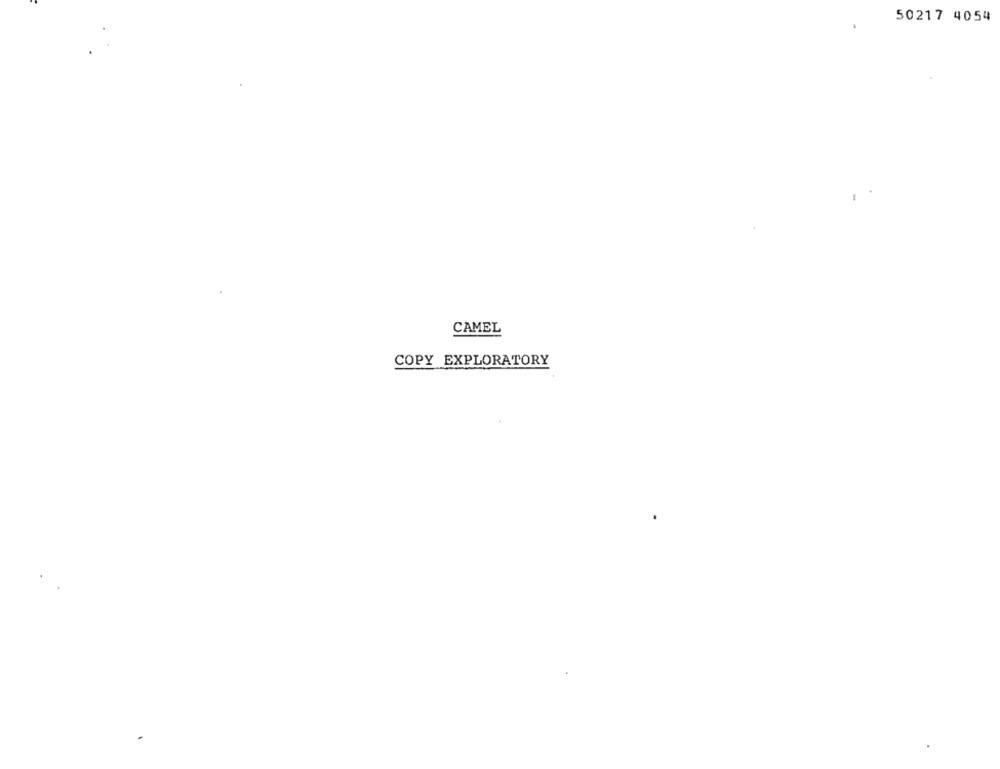
50217 4054
CAMEL
COPY EXPLORATORY